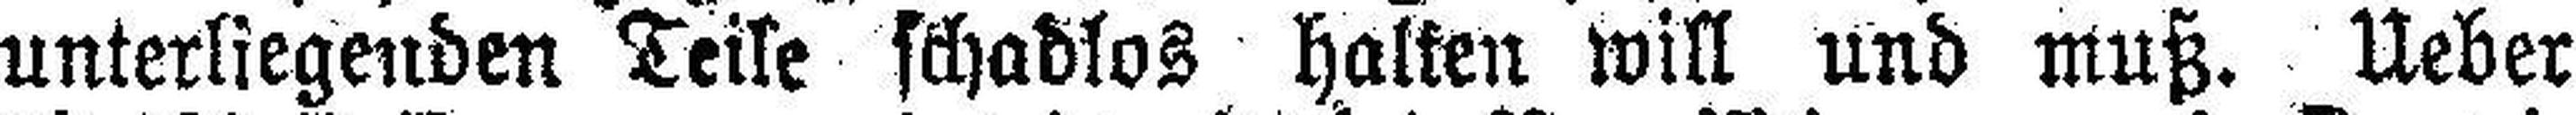
unterliegenden Teile schadlos halten will und muß. Ueber